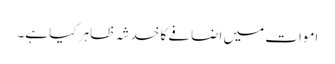
اموات میں اضافے کا خدشہ ظاہر کیا ہے۔